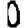
Digit: 0